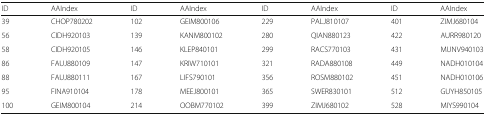
| ID | AAIndex | ID | AAIndex | ID | AAIndex | ID | AAIndex |
 | --- | --- | --- | --- | --- | --- | --- | --- |
 | 39 | CHOP780202 | 102 | GEIM800106 | 229 | PALJ810107 | 401 | ZIMJ680104 |
 | 56 | CIDH920103 | 139 | KANM800102 | 280 | QIAN880123 | 422 | AURR980120 |
 | 58 | CIDH920105 | 146 | KLEP840101 | 299 | RACS770103 | 431 | MUNV940103 |
 | 86 | FAUJ880109 | 147 | KRIW710101 | 321 | RADA880108 | 449 | NADH010104 |
 | 88 | FAUJ880111 | 167 | LIFS790101 | 356 | ROSM880102 | 451 | NADH010106 |
 | 95 | FINA910104 | 178 | MEEJ800101 | 365 | SWER830101 | 512 | GUYH850105 |
 | 100 | GEIM800104 | 214 | OOBM770102 | 399 | ZIMJ680102 | 528 | MIYS990104 |